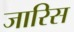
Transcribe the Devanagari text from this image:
जारिस